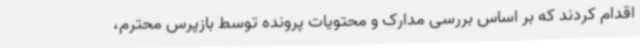
اقدام کردند که بر اساس بررسی مدارک و محتویات پرونده توسط بازپرس محترم،